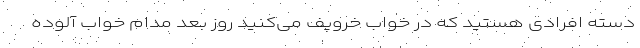
دسته افرادی هستید که در خواب خروپف می‌کنید روز بعد مدام خواب آلوده